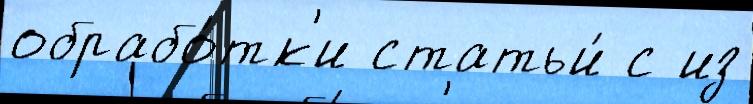
обрабо́тк'и статьи́ с из